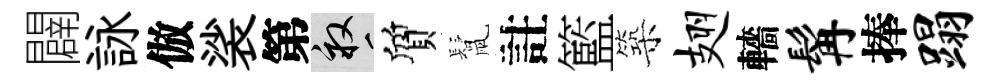
闢詠倣裟第畝質鬛註籃築翅轖髯捧蹋